Account of plague administration in the Bombay Presidency from September 1896 till May 1897
Year: 1896
Disease focus: Plague
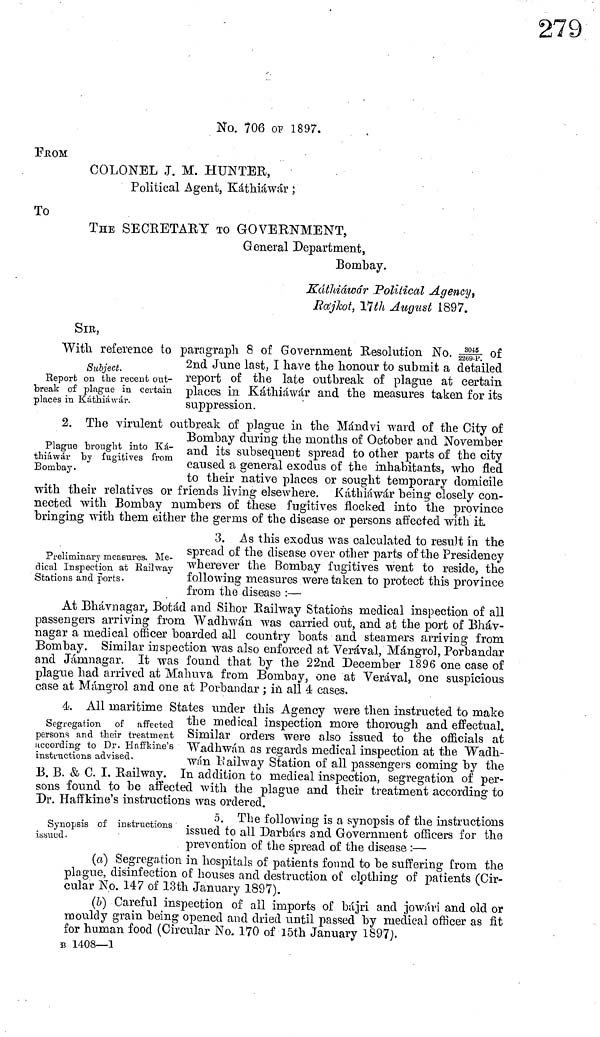
No. 706 OP 1897.
From
COLONEL J. M. HUNTER,
Political Agent, Káthiáwár ;
To
THE SECRETARY TO GOVERNMENT,
General Department,
Bombay.
Káthiáwár Political Agency,
Rájkot, 17th August 1897.
SIR,
Subject.
Report OB the recent out-
break of plague in certain
places in Káthiáwár.
With reference to paragraph 8 of Government Resolution No. 3045 of
2nd June last, I have the honour to submit a detailed
report of the late outbreak of plague at certain
places in Káthiáwár and the measures taken for its
suppression.
Plague brought into Ká-
thiáwár by fugitives from
Bombay.
2. The virulent outbreak of plague in the Mánclvi ward of the City of
Bombay during the months of October and November
and its subsequent spread to other parts of the city
caused a general exodus of the inhabitants, who fled
to their native places or sought temporary domicile
with their relatives or friends living elsewhere. Káthiáwár being closely con-
nected with Bombay numbers of these fugitives flocked into the province
bringing with them either the germs of the disease or persons affected with it.
Preliminary measures. Me-
dical Inspection at Railway
Stations and ports.
3. As this exodus was calculated to result in the
spread of the disease over other parts of the Presidency
wherever the Bombay fugitives went to reside, the
following measures were taken to protect this province
from the disease :—
At Bhávnagar, Botad and Sihor Railway Stations medical inspection of all
passengers arriving from Wadhwán was carried out, and at the port of Bháv-
nagar a medical officer boarded all country boats and steamers arriving from
Bombay. Similar inspection was also enforced at Verával, Mángrol, Porbandar
and Jámnagar. It was found that by the 22nd December 1896 one case of
plague had arrived at Mahuva from Bombay, one at Verával, one suspicious
case at Mángrol and one at Porbandar ; in all 4 cases.
Segregation of affected
persons and their treatment
according to Dr. Haffkine's
instructions advised.
4. All maritime States under this Agency were then instructed to make
the medical inspection more thorough and effectual.
Similar orders were also issued to the officials at
Wadhwán as regards medical inspection at the Wadh-
wán Railway Station of all passengers coming by the
B. B. & C. I. Railway. In addition to medical inspection, segregation of per-
sons found to be affected with the plague and their treatment .according to
Dr. Haffkine's instructions was ordered.
Synopsis of instructions
issued.
5. The following is a synopsis of the instructions
issued to all Darbárs and Government officers for the
prevention of the spread of the disease :—
(a) Segregation in hospitals of patients found to be suffering from the
plague, disinfection of houses and destruction of clothing of patients (Cir-
cular No. 147 of 13th January 1897).
(5) Careful inspection of all imports of bájri and jowári and old or
mouldy grain being opened and dried until passed by medical officer as fit
for human food (Circular No. 170 of 15th January 1897).
B 1408—1